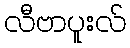
လီဗာပူးလ်